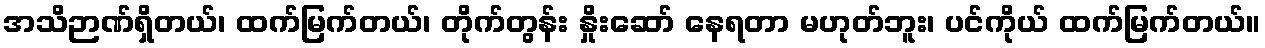
အသိဉာဏ်ရှိတယ်၊ ထက်မြက်တယ်၊ တိုက်တွန်း နှိုးဆော် နေရတာ မဟုတ်ဘူး၊ ပင်ကိုယ် ထက်မြက်တယ်။